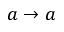
a \rightarrow a